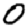
Digit: 0